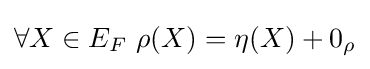
{\textstyle \forall X\in E_{F}\ \rho (X)=\eta (X)+0_{\rho }}